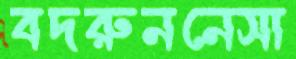
বদরুননেসা